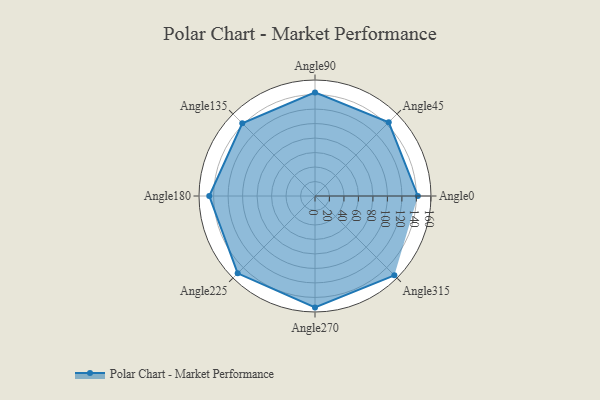
{"axis": {"x": "Angle", "y": "Radius"}, "legend": [""], "data": [{"x": "Angle0", "y": 142.0, "type": ""}, {"x": "Angle45", "y": 144.0, "type": ""}, {"x": "Angle90", "y": 143.0, "type": ""}, {"x": "Angle135", "y": 142.0, "type": ""}, {"x": "Angle180", "y": 146.0, "type": ""}, {"x": "Angle225", "y": 151.0, "type": ""}, {"x": "Angle270", "y": 154.0, "type": ""}, {"x": "Angle315", "y": 155.0, "type": ""}]}